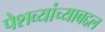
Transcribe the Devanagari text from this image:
पेशव्यांच्याबद्दल